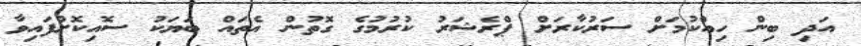
އަދި ބިން ހިއްކުމަށް ސަރުކާރަށް ޕްރެޝަރު ކުރުމުގެ ގޮތުން އެތައް ބަޔަކު ސޮއިކޮށްފައިވާ